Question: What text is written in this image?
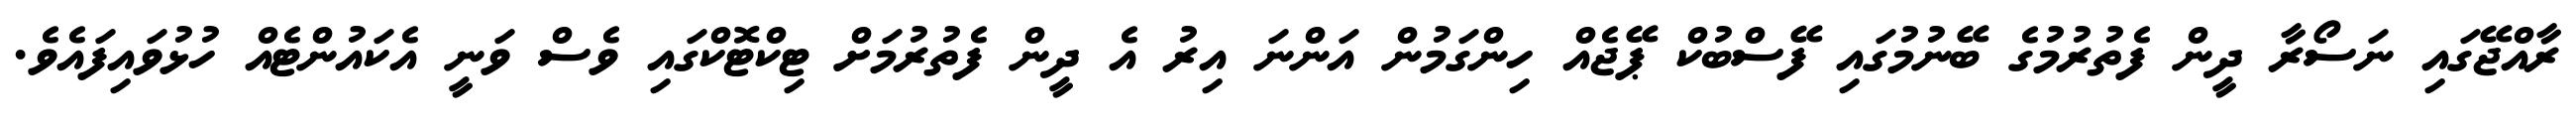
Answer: ރާއްޖޭގައި ނަސޯރާ ދީން ފެތުރުމުގެ ބޭނުމުގައި ފޭސްބުކް ޕޭޖެއް ހިންގަމުން އަންނަ އިރު އެ ދީން ފެތުރުމަށް ޓިކްޓޮކްގައި ވެސް ވަނީ އެކައުންޓެއް ހުޅުވައިފައެވެ.